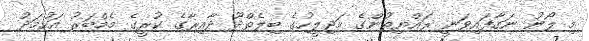
މި ލޯނު ނަގާފައިވަނީ ރައްޔިތުންގެ މަޖިލީހުގެ ބިލެތްދޫ ދާއިރާގެ ކުރީގެ މެމްބަރު އަހުމަދު